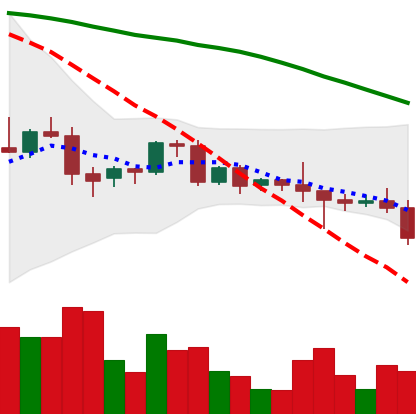
Ticker: BNB-USD
Chart end date: 2022-06-11
Forward return: -22.245%
Label: down_7plus